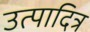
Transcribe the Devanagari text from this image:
उत्पादित्र